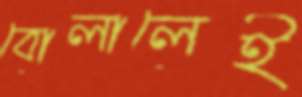
বোলালেই